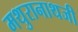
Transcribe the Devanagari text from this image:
मथुरानाथजी